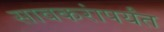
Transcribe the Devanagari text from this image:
सावकरांपर्यंत